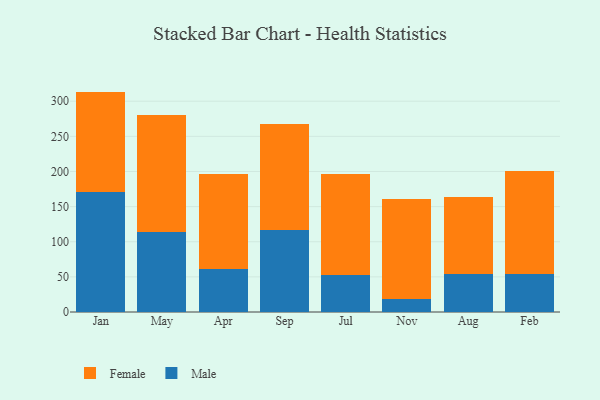
{"axis": {"x": "Month", "y": "Temperature (°C)"}, "legend": ["Female", "Male"], "data": [{"x": "Jan", "y": 171.0, "type": "Male"}, {"x": "Jan", "y": 142.7, "type": "Female"}, {"x": "May", "y": 113.5, "type": "Male"}, {"x": "May", "y": 167.2, "type": "Female"}, {"x": "Apr", "y": 61.8, "type": "Male"}, {"x": "Apr", "y": 135.3, "type": "Female"}, {"x": "Sep", "y": 116.6, "type": "Male"}, {"x": "Sep", "y": 150.3, "type": "Female"}, {"x": "Jul", "y": 53.0, "type": "Male"}, {"x": "Jul", "y": 143.8, "type": "Female"}, {"x": "Nov", "y": 18.1, "type": "Male"}, {"x": "Nov", "y": 143.1, "type": "Female"}, {"x": "Aug", "y": 53.5, "type": "Male"}, {"x": "Aug", "y": 110.8, "type": "Female"}, {"x": "Feb", "y": 54.2, "type": "Male"}, {"x": "Feb", "y": 147.1, "type": "Female"}]}